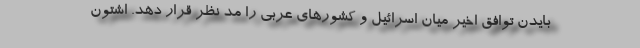
بایدن توافق اخیر میان اسرائیل و کشورهای عربی را مد نظر قرار دهد. اشتون